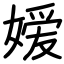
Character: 嫒